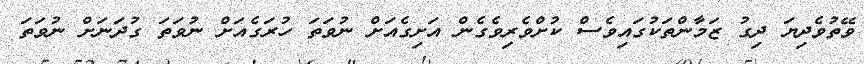
ވޭތުވެދިޔަ ދިގު ޒަމާންތަކުގައިވެސް ކުށްވެރިވެގެން އަށިގެއަށް ނުވަތަ ހުރަގެއަށް ނުވަތަ ގުދަނަށް ނުވަތަ